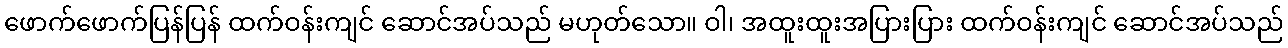
ဖောက်ဖောက်ပြန်ပြန် ထက်ဝန်းကျင် ဆောင်အပ်သည် မဟုတ်သော။ ဝါ၊ အထူးထူးအပြားပြား ထက်ဝန်းကျင် ဆောင်အပ်သည်